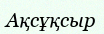
Ақсұқсыр